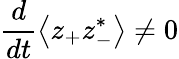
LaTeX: \frac{d}{dt}\left\langle z_{+}z_{-}^{*}\right\rangle\neq 0